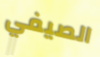
الصيفي